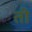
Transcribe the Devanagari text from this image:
ती